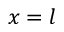
x = l